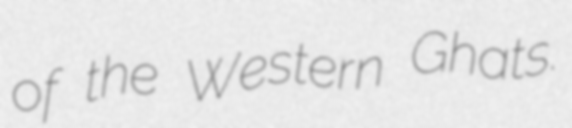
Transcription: of the Western Ghats.